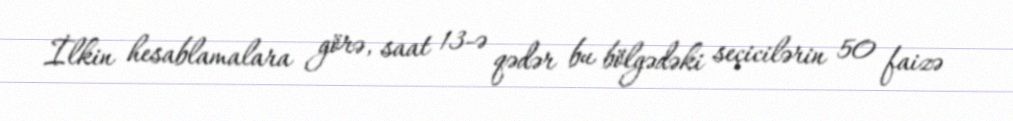
İlkin hesablamalara görə, saat 13-ə qədər bu bölgədəki seçicilərin 50 faizə